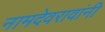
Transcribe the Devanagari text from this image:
नामदेवरावांनी